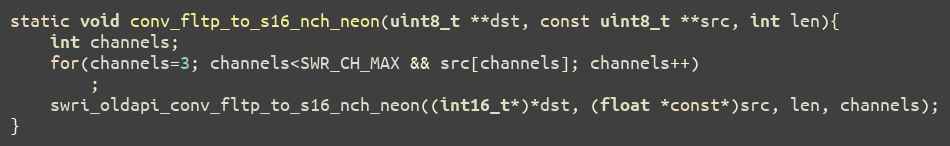
Language: C
static void conv_fltp_to_s16_nch_neon(uint8_t **dst, const uint8_t **src, int len){
    int channels;
    for(channels=3; channels<SWR_CH_MAX && src[channels]; channels++)
        ;
    swri_oldapi_conv_fltp_to_s16_nch_neon((int16_t*)*dst, (float *const*)src, len, channels);
}